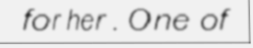
for her . One of